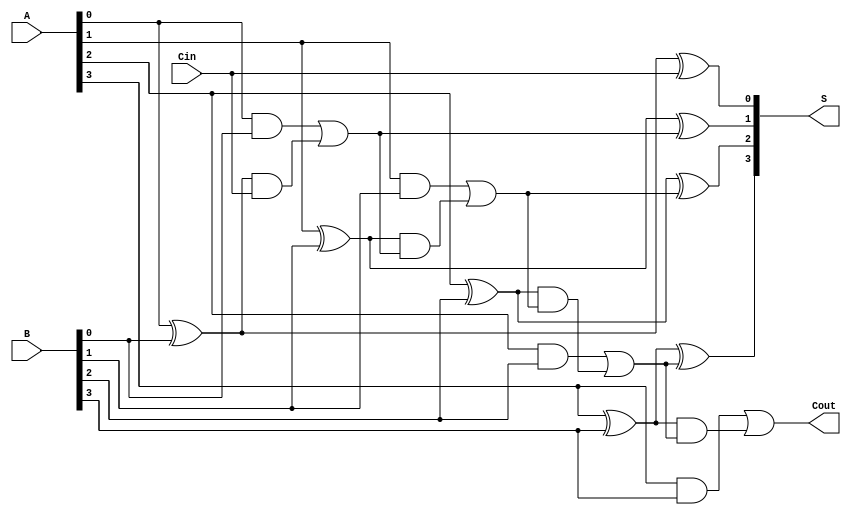
module Carrylookaheadadder(S,Cout,A,B,Cin);
  output [3:0]S;
  output Cout;
  input [3:0]A,B;
  input Cin;

  wire [3:0]g,p; 
  wire [4:0]C;
  
  assign C[0] = Cin; 
  
  assign S[0] = A[0] ^ B[0] ^ C[0];
  assign C[1] = ( ( A[0] & B[0] ) | ( ( A[0] ^ B[0] ) & C[0] ) );
  
  assign S[1] = A[1] ^ B[1] ^ C[1];
  assign C[2] = ( ( A[1] & B[1] ) | ( ( A[1] ^ B[1] ) & C[1] ) ); 
  
  assign S[2] = A[2] ^ B[2] ^ C[2];
  assign C[3] = ( ( A[2] & B[2] ) | ( ( A[2] ^ B[2] ) & C[2] ) );
  
  assign S[3] = A[3] ^ B[3] ^ C[3];
  assign C[4] = ( ( A[3] & B[3] ) | ( ( A[3] ^ B[3] ) & C[3] )  );  
  
  assign Cout = C[4];

  
endmodule